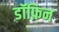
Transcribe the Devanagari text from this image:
डॉफ़िन